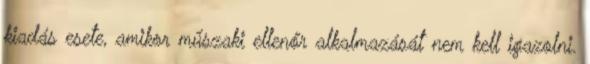
kiadás esete, amikor műszaki ellenőr alkalmazását nem kell igazolni.